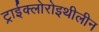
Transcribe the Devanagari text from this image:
ट्राईक्लोरोइथीलीन